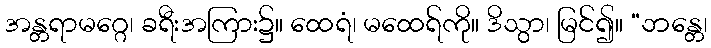
အန္တရာမဂ္ဂေ၊ ခရီးအကြား၌။ ထေရံ၊ မထေရ်ကို။ ဒိသွာ၊ မြင်၍။ “ဘန္တေ၊